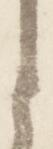
と